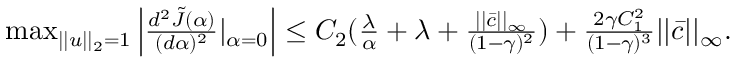
\begin{array} { r } { \operatorname* { m a x } _ { | | u | | _ { 2 } = 1 } \left| \frac { d ^ { 2 } \tilde { J } ( \alpha ) } { ( d \alpha ) ^ { 2 } } | _ { \alpha = 0 } \right| \le C _ { 2 } ( \frac { \lambda } { \alpha } + \lambda + \frac { | | \bar { c } | | _ { \infty } } { ( 1 - \gamma ) ^ { 2 } } ) + \frac { 2 \gamma C _ { 1 } ^ { 2 } } { ( 1 - \gamma ) ^ { 3 } } | | \bar { c } | | _ { \infty } . } \end{array}